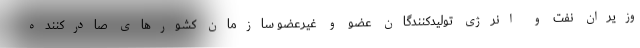
وزیران نفت و انرژی تولیدکنندگان عضو و غیرعضو سازمان کشورهای صادرکننده